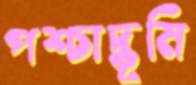
পশ্চাদ্‌ভূমি